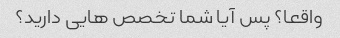
واقعا؟ پس آیا شما تخصص هایی دارید؟